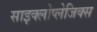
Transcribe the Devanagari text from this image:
साइक्लोप्लेजिक्स